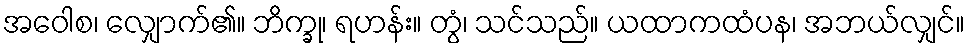
အဝေါစ၊ လျှောက်၏။ ဘိက္ခု၊ ရဟန်း။ တွံ၊ သင်သည်။ ယထာကထံပန၊ အဘယ်လျှင်။